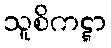
သူစိကဋ္ဋာ